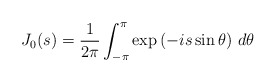
\begin{align*} J_0(s) = \frac{1}{2\pi} \int_{-\pi}^\pi \exp \left(-i s \sin \theta \right) \, d\theta\end{align*}